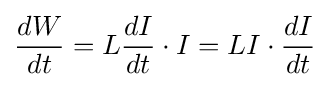
{\frac {dW}{dt}}=L{\frac {dI}{dt}}\cdot I=LI\cdot {\frac {dI}{dt}}